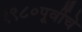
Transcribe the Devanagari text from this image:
१९८०पूर्वीचे